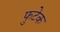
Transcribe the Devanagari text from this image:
फुटेक